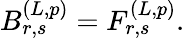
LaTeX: B_{r,s}^{(L,p)}=F_{r,s}^{(L,p)}.